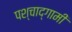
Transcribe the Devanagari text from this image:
पश्चाद्गामी